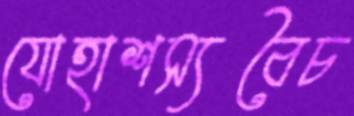
যোহাশস্যবৈচ